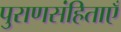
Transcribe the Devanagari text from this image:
पुराणसंहिताएँ